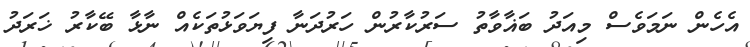
އެހެން ނަމަވެސް މިއަދު ބަޣާވާތު ސަރުކާރުން ހަރުދަނާ ފިޔަވަޅުތަކެއް ނާޅާ ބޭކާރު ޚަރަދު